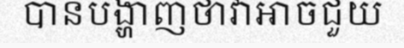
បានបង្ហាញថាវាអាចជួយ